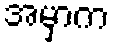
အမှာက